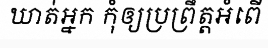
ឃាត់អ្នក កុំឲ្យប្រព្រឹត្តអំពើ